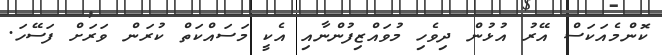
ކޮންމެއަކަސް އޭރު އުޅުން ދިވެހި މުވައްޒިފުންނާއި އެކީ މަސައްކަތް ކުރަން ވަރަށް ފަސޭހަ.